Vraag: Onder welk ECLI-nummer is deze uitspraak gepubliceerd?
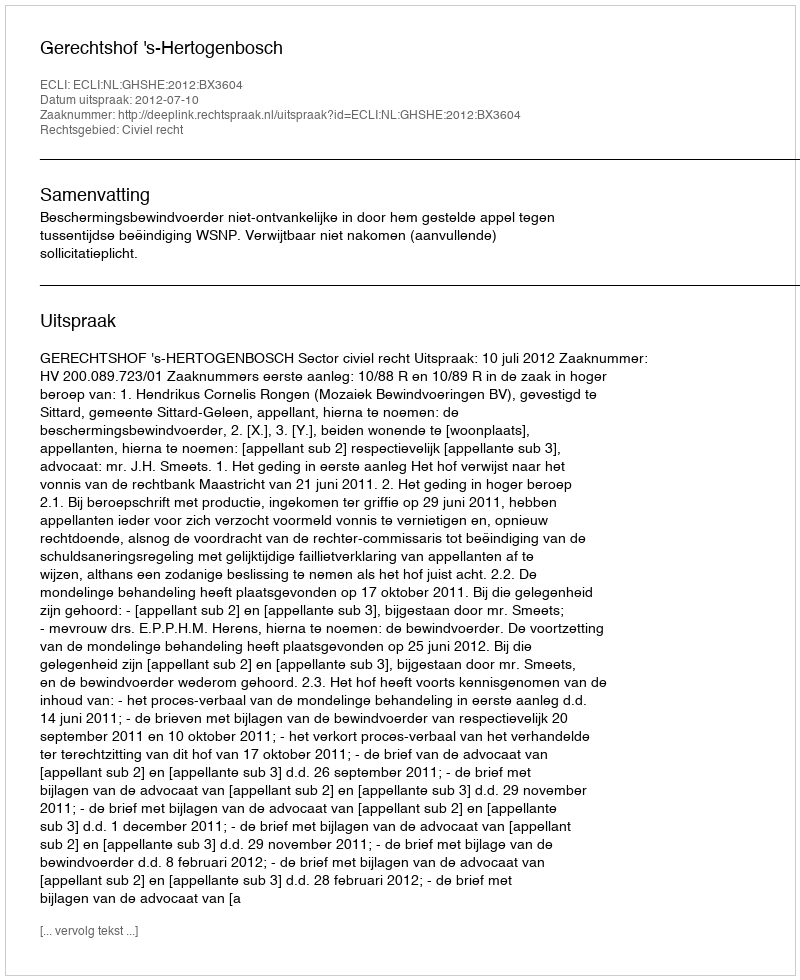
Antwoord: ECLI:NL:GHSHE:2012:BX3604